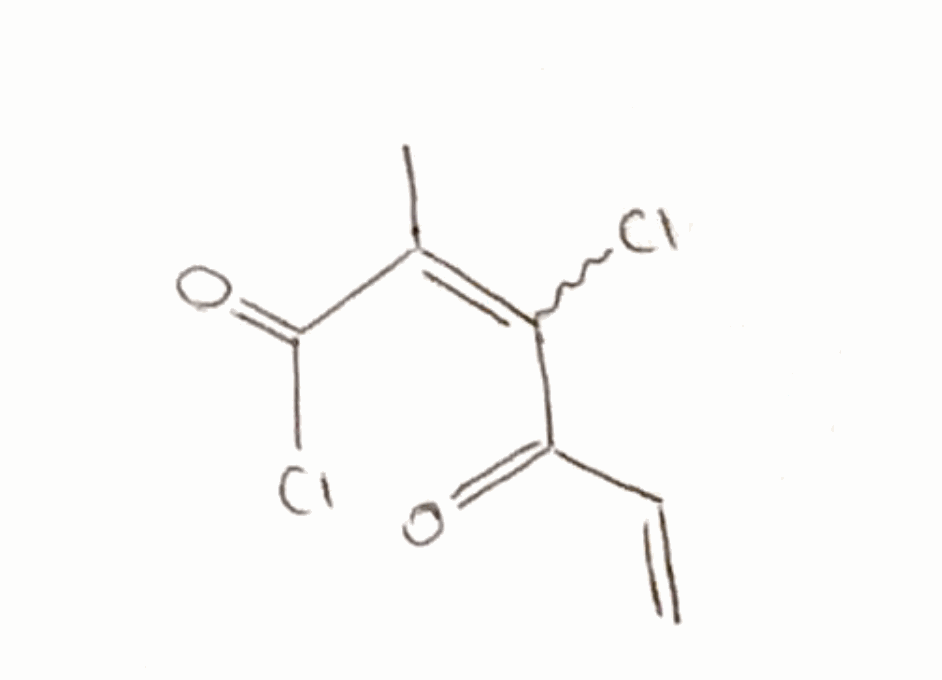
Simplified molecular-input line-entry system (SMILES) notation of the given molecule:
CC(=C(C(=O)C=C)Cl)C(=O)Cl